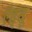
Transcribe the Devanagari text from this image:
ऐत्सू